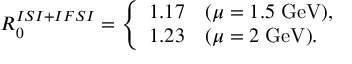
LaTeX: { \cal R } _ { 0 } ^ { I S I + I F S I } = \left\{ \begin{array} { c l } { { 1 . 1 7 } } & { { ( \mu = 1 . 5 \; \mathrm { G e V } ) , } } \\ { { 1 . 2 3 } } & { { ( \mu = 2 \; \mathrm { G e V } ) . } } \end{array} \right.